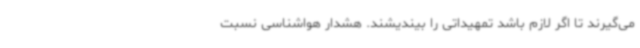
می‌گیرند تا اگر لازم باشد تمهیداتی را بیندیشند. هشدار هواشناسی نسبت